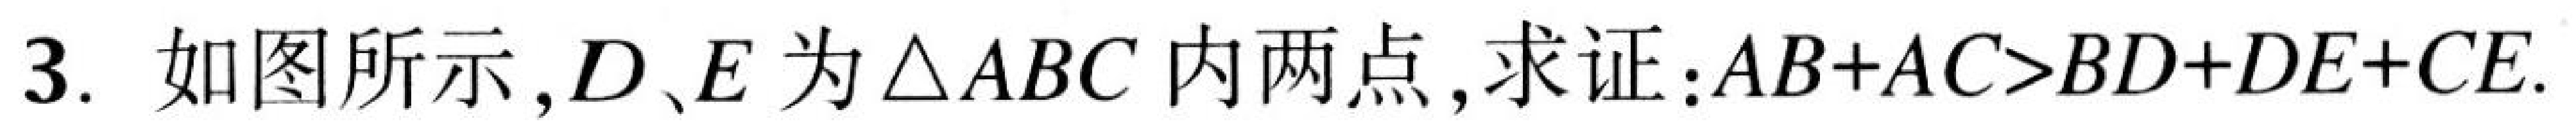
3. 如图所示，\(D、E\)为\(\triangle ABC\)内两点，求证：\(AB + AC>BD + DE + CE\).